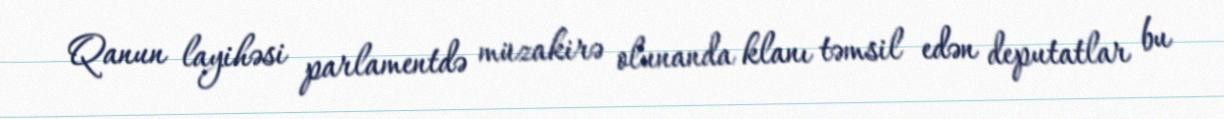
Qanun layihəsi parlamentdə müzakirə olunanda klanı təmsil edən deputatlar bu